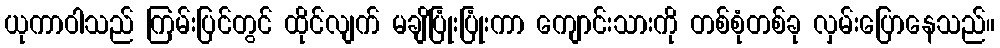
ယုကာဝါသည် ကြမ်းပြင်တွင် ထိုင်လျက် မချိပြုံးပြုံးကာ ကျောင်းသားကို တစ်စုံတစ်ခု လှမ်းပြောနေသည်။